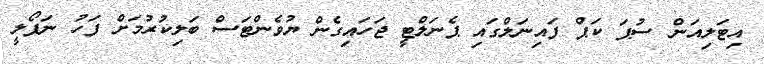
އިޓަލިއަން ސުޕަ ކަޕް ފައިނަލްގައި ޕެނަލްޓީ ޖަހައިގެން ޔުވެންޓަސް ބަލިކުރުމަށް ފަހު ނަޕޯލީ